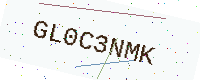
Text: GL0C3NMK